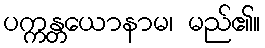
ပက္ကန္တယောနာမ၊ မည်၏။